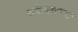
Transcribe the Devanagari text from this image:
साडेसातपासून